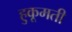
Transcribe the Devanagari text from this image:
हुकूमती